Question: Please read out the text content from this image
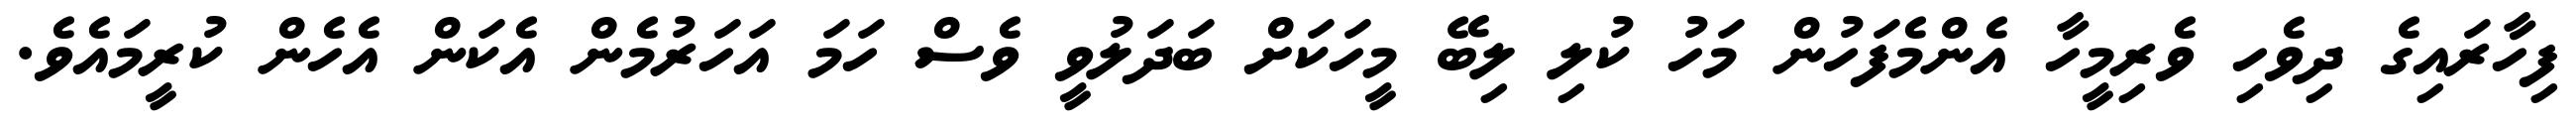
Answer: ފިހާރައިގެ ދިވެހި ވެރިމީހާ އެންމެފަހުން މަހު ކުލި ލިބޭ މީހަކަށް ބަދަލުވީ ވެސް ހަމަ އަހަރުމެން އެކަން އެހެން ކުރީމައެވެ.